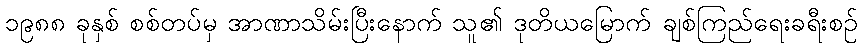
၁၉၈၈ ခုနှစ် စစ်တပ်မှ အာဏာသိမ်းပြီးနောက် သူ၏ ဒုတိယမြောက် ချစ်ကြည်ရေးခရီးစဉ်